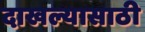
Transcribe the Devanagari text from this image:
दाखल्यासाठी